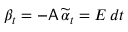
\beta _ { t } = - \mathsf { A } \, \widetilde { \alpha } _ { t } = E \, d t